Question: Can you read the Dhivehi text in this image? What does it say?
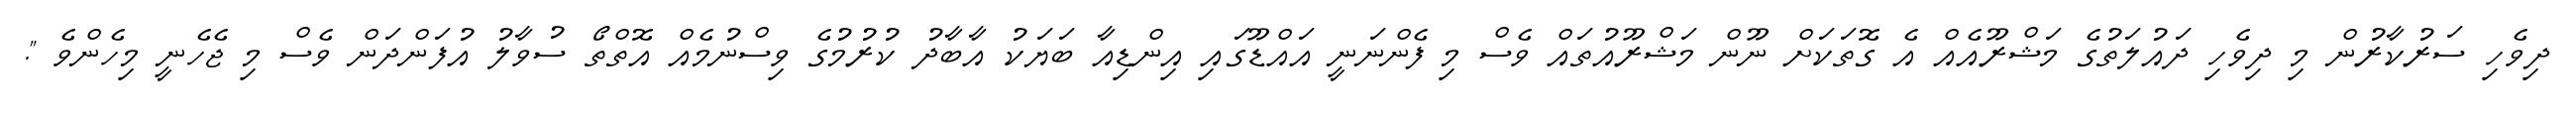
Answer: ދިވެހި ސަރުކާރުން މި ދިވެހި ދައުލަތުގެ މަޝްރޫއެއް އެ ގޮތަކަށް ނޫން މަޝްރޫއުތައް ވެސް މި ފެންނަނީ އައްޑޫގައި އިންޑިއާ ބަޔަކު އާބާދު ކުރުމުގެ ވިސްނުމެއް އޮތްތޯ ސުވާލު އުފަންދަން ވެސް މި ޖެހެނީ މިހެންވެ ".